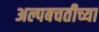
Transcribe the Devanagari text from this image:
अल्पबचतीच्या